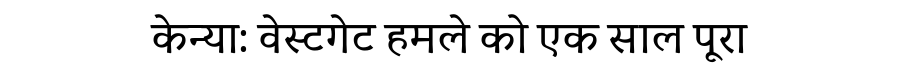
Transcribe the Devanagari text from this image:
केन्या: वेस्टगेट हमले को एक साल पूरा